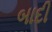
બાદી